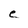
Character: e